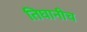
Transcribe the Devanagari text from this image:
तिघानीच